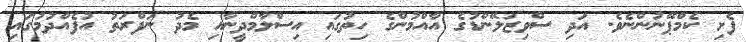
ފެށި ކެމްޕޭނުންނެވެ. އަދި ސްވިޒަލޭންޑުގެ އާއްމުންގެ ހިތުގައި އިސްލާމްދީނާއި މެދު ނަފްރަތު އުފެއްދުމުގައި